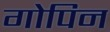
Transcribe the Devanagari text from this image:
गोपिन